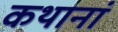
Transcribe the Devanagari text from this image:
कथानां